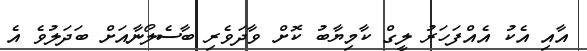
އާއި އެކު އެއްފަހަރު ލީގް ކާމިޔާބު ކޮށް ވާދަވެރި ބާސެލޯނާއަށް ބަދަލުވެ އެ